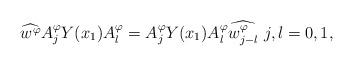
LaTeX: \begin{align*} \widehat{w^{\varphi}}A_{j}^{\varphi}Y(x_{1})A_{l}^{\varphi}=A_{j}^{\varphi}Y(x_{1})A_{l}^{\varphi}\widehat{w_{j-l}^{\varphi}}\,\, j,l=0,1,\end{align*}